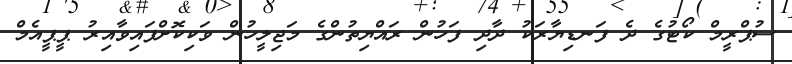
ސުޕްރީމް ކޯޓުގެ ދެ ފަނޑިޔާރަކު ދާދި ފަހުން ރައްޔިތުންގެ މަޖިލީހުން ވަކިކޮށްފައިވާއިރު ޕީޕީއެމް